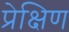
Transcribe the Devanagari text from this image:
प्रेक्षिण